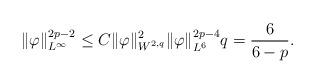
LaTeX: \begin{align*}\|\varphi\|_{L^{\infty}}^{2p-2} \leq C \|\varphi\|_{W^{2,q}}^{2} \|\varphi\|_{L^{6}}^{2p-4} q = \frac{6}{6-p}.\end{align*}